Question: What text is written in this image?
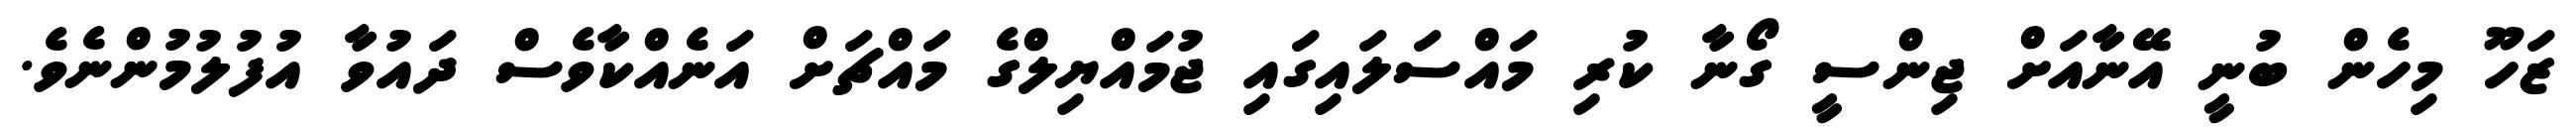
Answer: ޒަހޫ މިހެން ބުނީ އޭނާއަށް ޖިންސީ ގޯނާ ކުރި މައްސަލައިގައި ޖުމައްޔިލްގެ މައްޗަށް އަނެއްކާވެސް ދައުވާ އުފުލުމުންނެވެ.